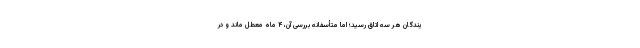
یندگان هر سه اتاق رسید؛ اما متأسفانه بررسی آن، ۴ ماه معطل ماند و در